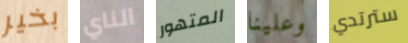
بخير الناي المتهور وعلينا سترتدي